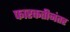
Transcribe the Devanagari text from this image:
फारकतीनंतर